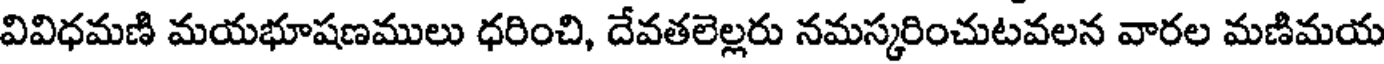
వివిధమణి మయభూషణములు ధరించి, దేవతలెల్లరు నమస్కరించుటవలన వారల మణిమయ